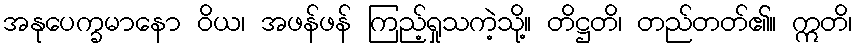
အနုပေက္ခမာနော ဝိယ၊ အဖန်ဖန် ကြည့်ရှုသကဲ့သို့။ တိဋ္ဌတိ၊ တည်တတ်၏။ ဣတိ၊